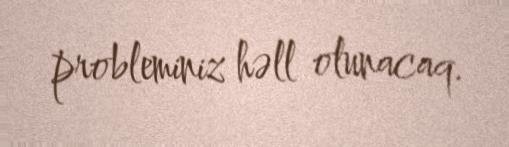
probleminiz həll olunacaq.